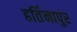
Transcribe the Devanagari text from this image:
हर्तिनापुर